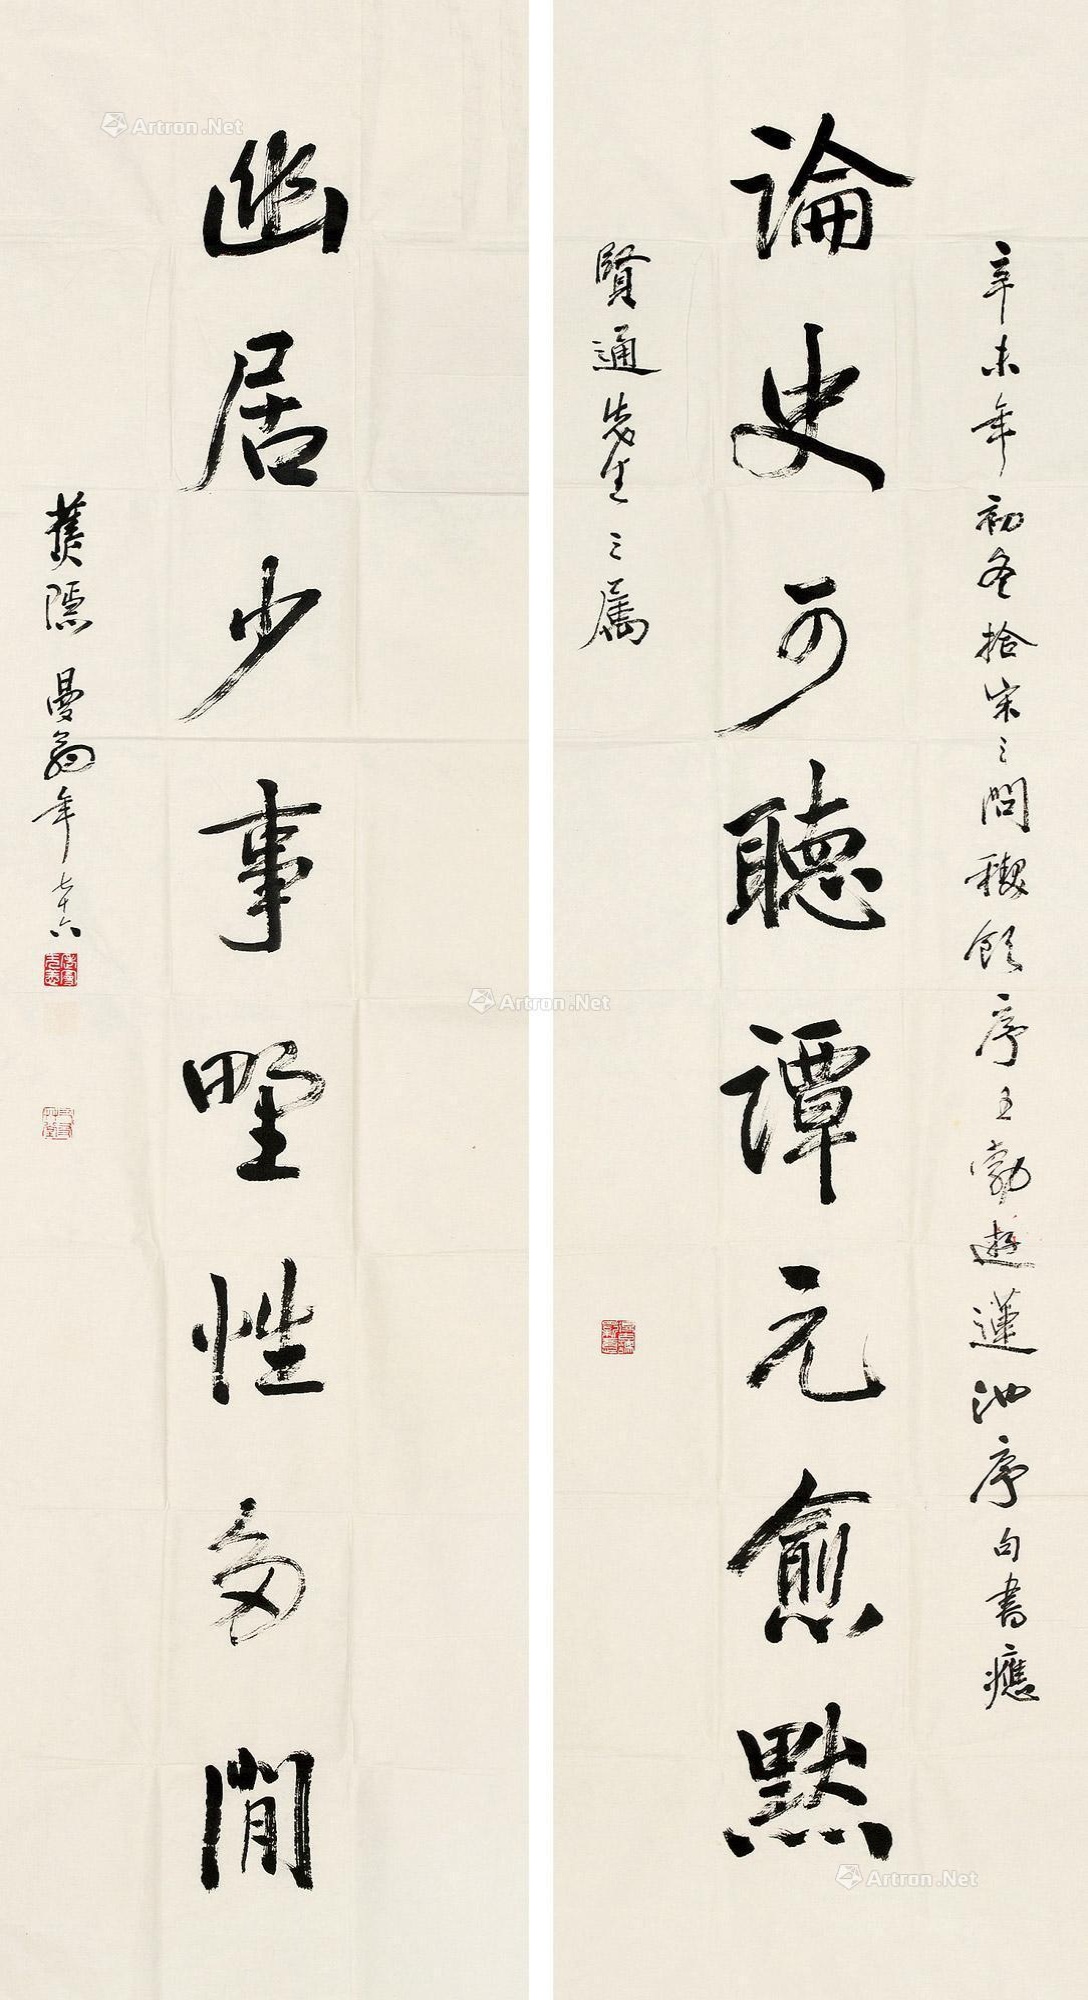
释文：论史可听谭元愈默，幽居少事野性多闲。辛未年初冬，拾宋之问稧饮序，王勃游莲池序句书应贤通先生之属，蕉隐曼翁年七十六。